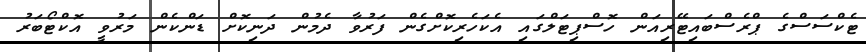
ޓެކްސަސްގެ ޕްރެސްބައިޓޭރިއަން ހޮސްޕިޓަލްގައި އެކަހެރިކޮށްގެން ފަރުވާ ދެމުން ދަނިކޮށް ޑަންކެން މަރުވީ އޮކްޓޯބަރު